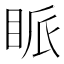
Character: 眽